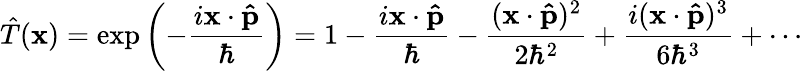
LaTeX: {\hat{T}}(\mathbf{x})=\exp\left(-{\frac{i\mathbf{x}\cdot\mathbf{\hat{p}}}{\hbar}}\right)=1-{\frac{i\mathbf{x}\cdot\mathbf{\hat{p}}}{\hbar}}-{\frac{(\mathbf{x}\cdot\mathbf{\hat{p}})^{2}}{2\hbar^{2}}}+{\frac{i(\mathbf{x}\cdot\mathbf{\hat{p}})^{3}}{6\hbar^{3}}}+\cdots